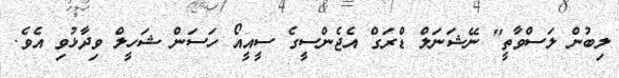
ލިބުން ލަސްވާތީ" ނޭޝަނަލް ޑްރަގް އެޖެންސީގެ ސީއީއޯ ހަސަން ޝަހީލް ވިދާޅުވި އެވެ.